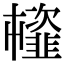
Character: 𩐊